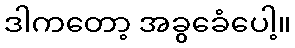
ဒါကတော့ အခွခေံပေါ့။